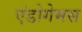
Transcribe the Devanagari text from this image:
एंडोगेमस